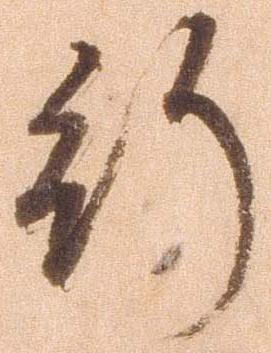
行